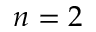
n = 2